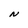
Character: N